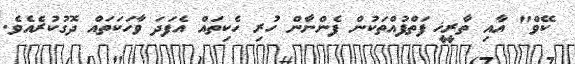
ކޭވް" އާއި ތާރީޚީ ފަތްފުއްތަކުން ފެންނާން ހުރި ހެކިތައް އެފަދަ ވާހަކަތައް ދޮގުކުރެއެވެ.